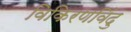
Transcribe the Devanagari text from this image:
विकिरणविंदु